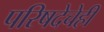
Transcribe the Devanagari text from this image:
परिषदेचेही